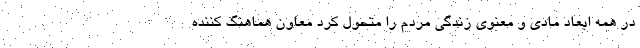
در همه ابعاد مادی و معنوی زندگی مردم را متحول کرد معاون هماهنگ کننده